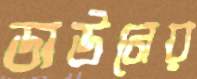
ডাউনের